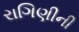
રાગિણીની